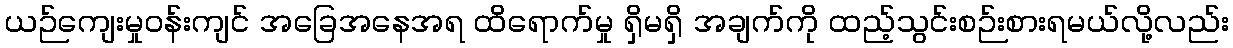
ယဉ်ကျေးမှုဝန်းကျင် အခြေအနေအရ ထိရောက်မှု ရှိမရှိ အချက်ကို ထည့်သွင်းစဉ်းစားရမယ်လို့လည်း